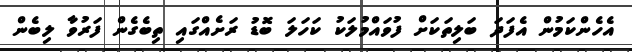
އެހެންކަމުން އެފަދަ ބަލިތަކަށް ފުވައްމުލަކު ކަހަލަ ބޮޑު ރަށެއްގައި ތިބެގެން ފަރުވާ ލިބެން